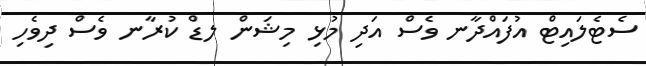
ސެޓެލައިޓް އުފައްދާނ ވެސް އަދި މުޅި މިޝަން ލޑް ކުރާނ ވެސް ދިވެހި